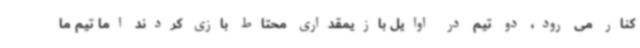
کنار می رود، دو تیم در اوایل بازیمقداری محتاط بازی کردند اما تیم ما